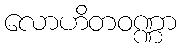
လောဟိတဝဏ္ဏာ